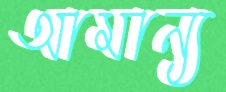
আমান্য